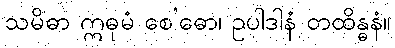
သမိဓာ ဣဓုမံ စေ’ဓော၊ ဥပါဒါနံ တထိန္ဓနံ။